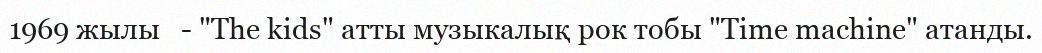
1969 жылы   - "The kids" атты музыкалық рок тобы "Time machine" атанды.